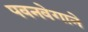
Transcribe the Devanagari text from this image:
पवनवेगाने